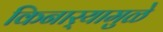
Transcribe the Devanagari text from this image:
किनार्‍यामुळे